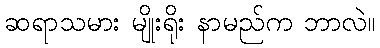
ဆရာသမား မျိုးရိုး နာမည်က ဘာလဲ။